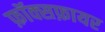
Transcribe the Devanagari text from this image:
फ़ॉक्सफ़ायर